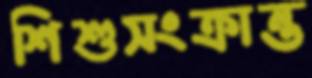
শিশুসংক্রান্ত